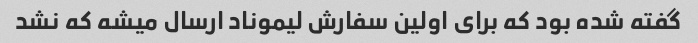
گفته شده بود که برای اولین سفارش لیموناد ارسال میشه که نشد